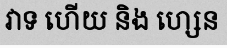
វាទ ហើយ និង ហ្សេន